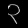
Digit: ၃